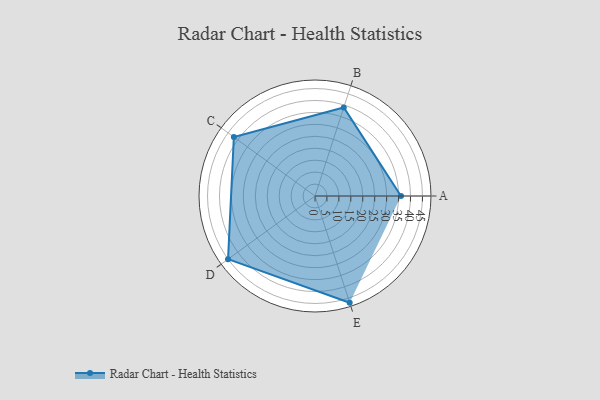
{"axis": {"x": "Skill", "y": "Score"}, "legend": ["Profile"], "data": [{"x": "A", "y": 36.0, "type": "Profile"}, {"x": "B", "y": 39.0, "type": "Profile"}, {"x": "C", "y": 42.0, "type": "Profile"}, {"x": "D", "y": 45.0, "type": "Profile"}, {"x": "E", "y": 47.0, "type": "Profile"}]}